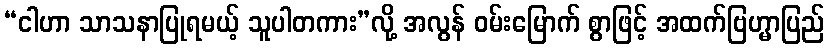
“ငါဟာ သာသနာပြုရမယ့် သူပါတကား”လို့ အလွန် ဝမ်းမြောက် စွာဖြင့် အထက်ဗြဟ္မာပြည်